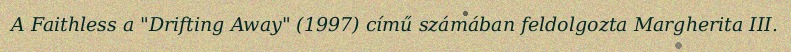
A Faithless a "Drifting Away" (1997) című számában feldolgozta Margherita III.